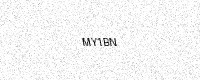
Text: MY1BN